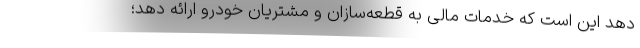
دهد این است که خدمات مالی به قطعه‌سازان و مشتریان خودرو ارائه دهد؛